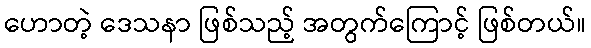
ဟောတဲ့ ဒေသနာ ဖြစ်သည့် အတွက်ကြောင့် ဖြစ်တယ်။